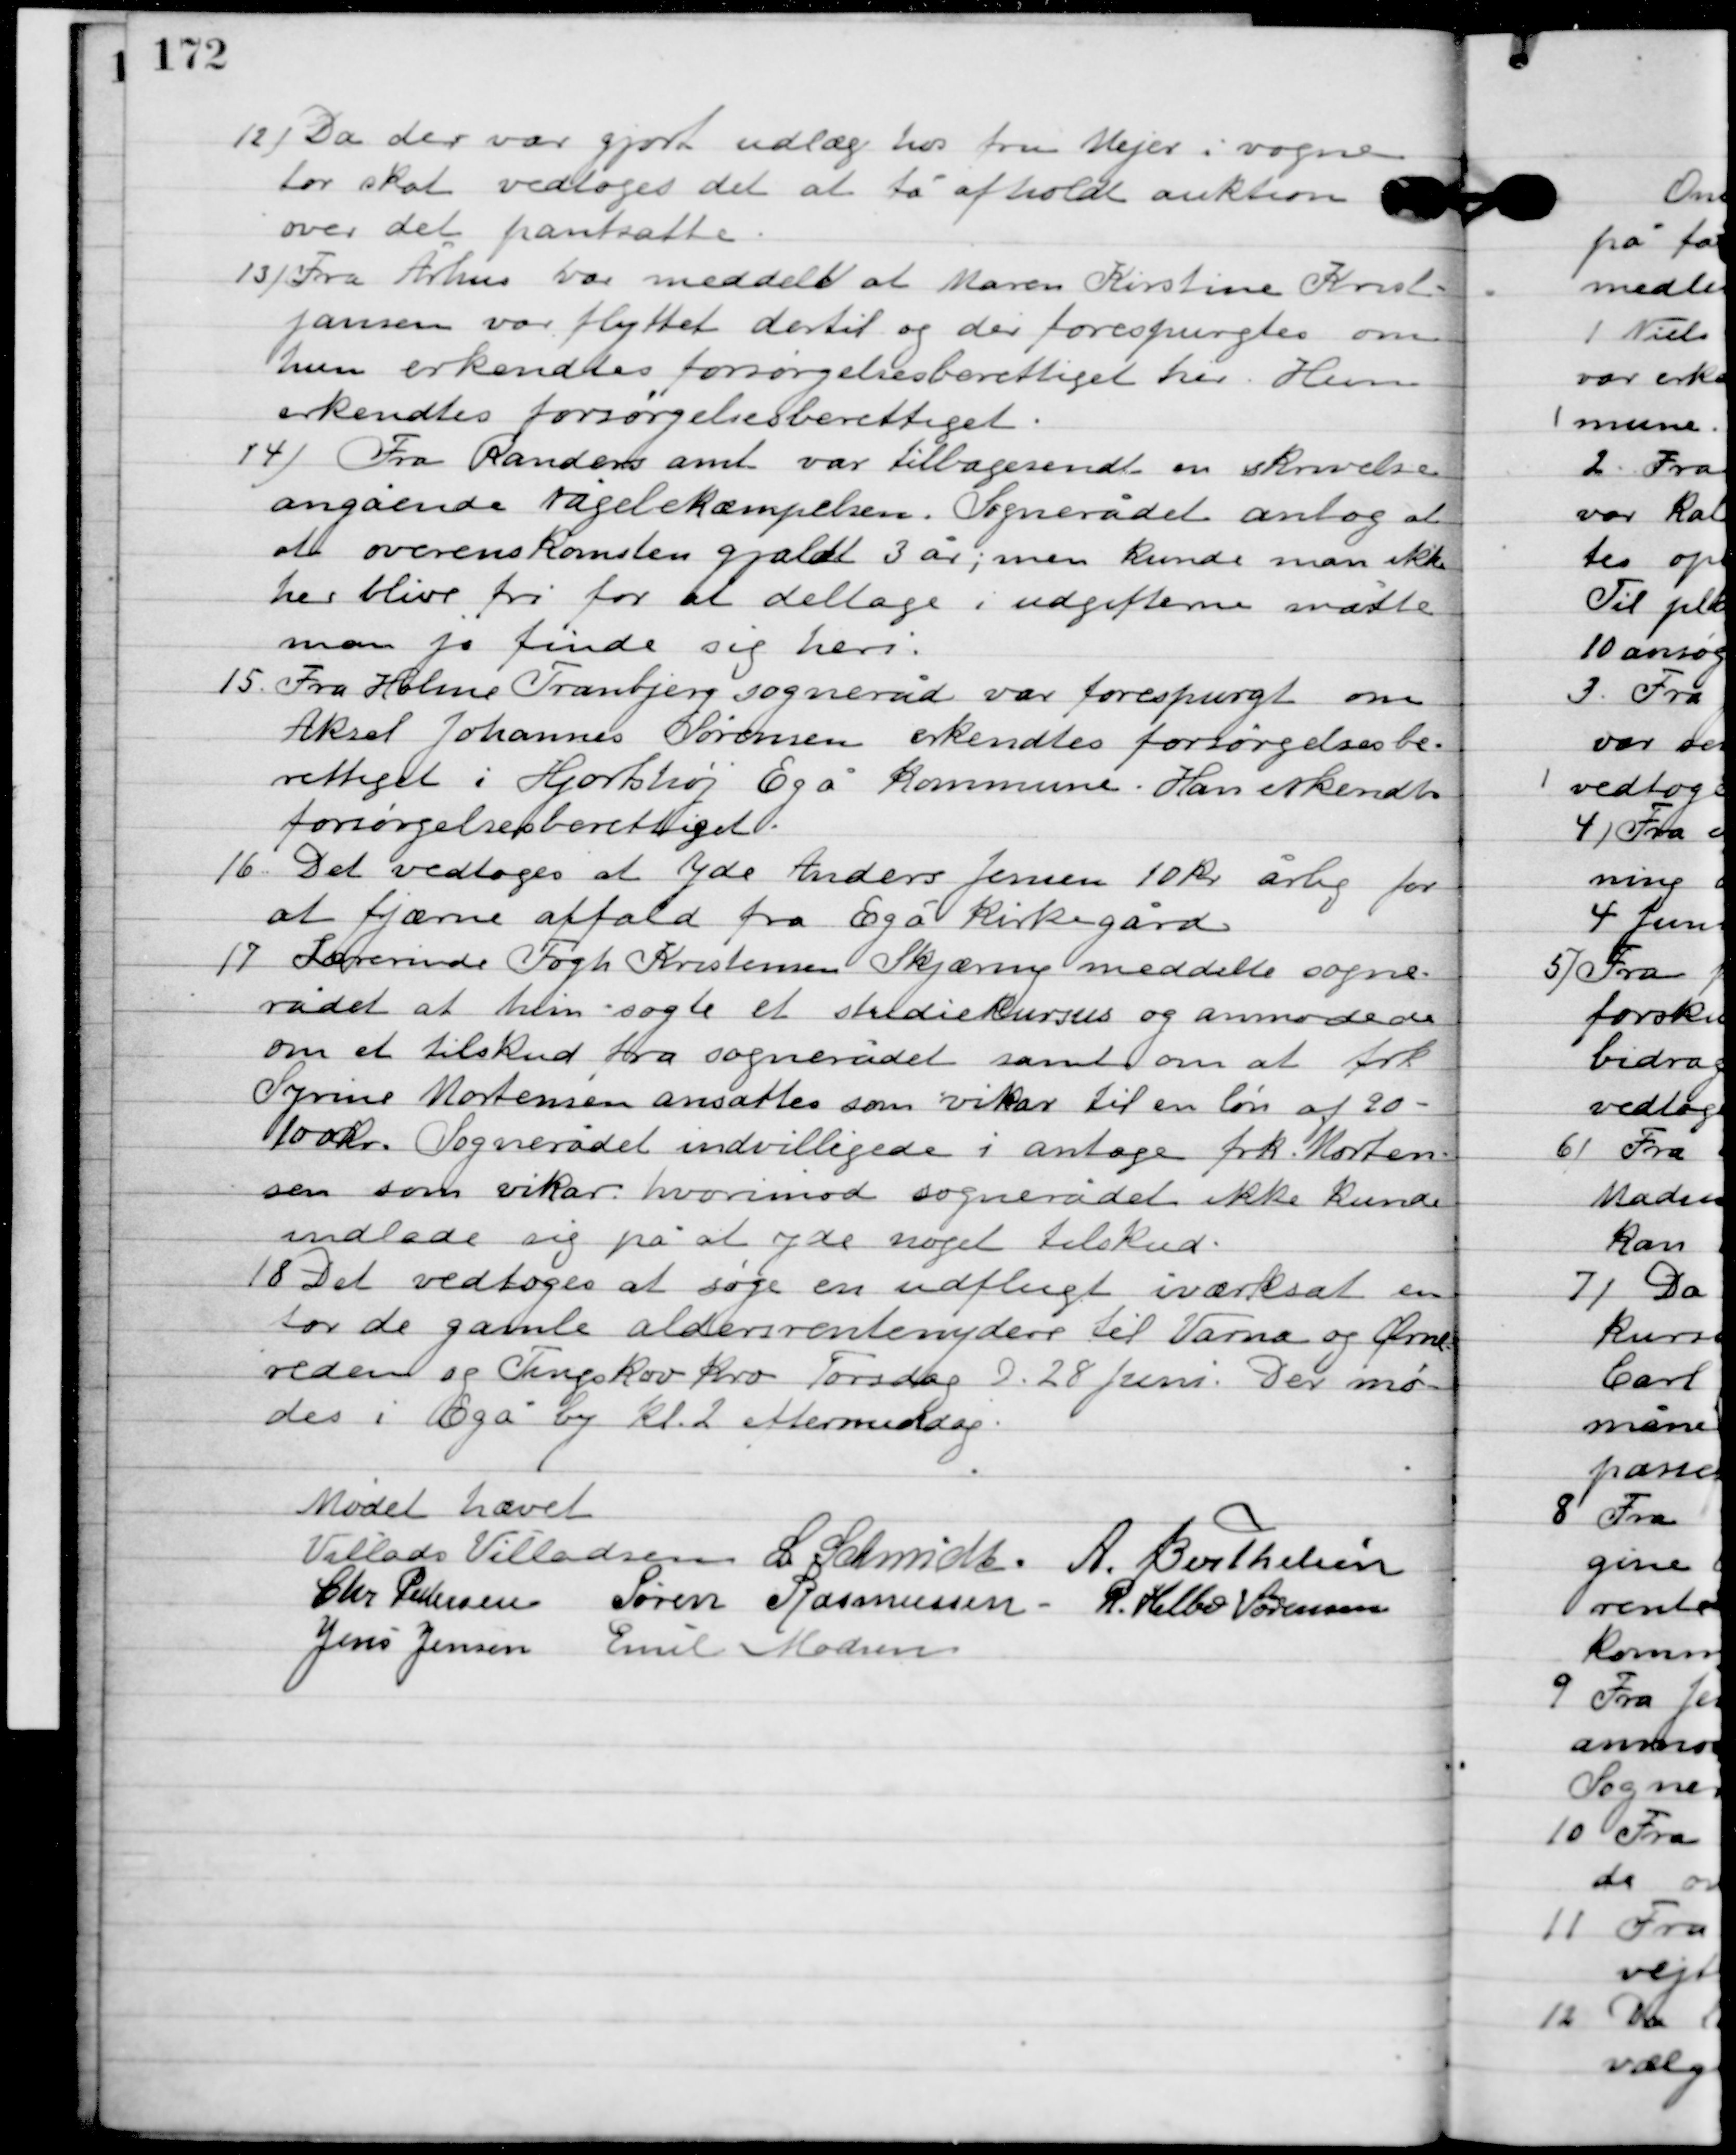
Transskription:
12

Da der var gjort udlæg hos fru Vejer i vogne 
 tor skat vedtoges det at få afholdt auktion 
over det pantsatte.

13

Fra Århus var meddelt at Maren Kirstine Krist-
jansen var flyttet dertil og der forespurgtes om
hun erkendes forsørgelsesberettiget her. Hun
erkendtes forsørgelsesberettiget.

14

Fra Randers amt var tilbagesendt en skrivelse
 angående rågebekæmpelsen. Sognerådet antog at
et overenskomsten gjaldt 3 år; men kunde man ikke
her blive fri for at deltage i udgifterne måtte
man jo finde sig heri.

15

Fra Holme Tranbjerg sogneråd var forespurgt om
Aksel Johannes Sørensen erkendtes forsørgelsesbe-
rettiget i Hjortshøj Egå kommune. Han erkendtes
forsørgelsesberettiget.

16

Det vedtoges at yde Anders Jensen 10 kr. årlig for
at fjærne affald fra Egå Kirkegård.

17

Lærerinde Fogh Kristensen Skjæring meddelte sogne-
rådet at hun søgte et studiekursus og anmodede
om et tilskud fra sognerådet samt om at frk.
Syrine Mortensen ansættes som vikar til en løn af 20-
100 kr. Sognerådet indvilligede i antage frk. Morten-
sen som vikar hvorimod sognerådet ikke kunde
indlade sig på at yde noget tilskud.

18

Det vedtoges at søge en udflugt iværksat en
for de gamle aldersrentenydere til Varna og Ørne-
reden og Tingskov Kro Torsdag D. 28. Juni. Der mø-
des i Egå by kl. 2 eftermiddag.

Mødet hævet

Villads J. Villadsen
I. Schmidt
A. Berthelsen
Chr. Pedersen
Søren Rasmussen
R. Helbo Sørensen
Jens Jensen
Emil Madsen